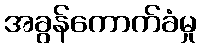
အခွန်ကောက်ခံမှု